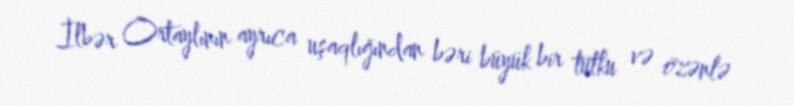
İlbər Ortaylının ayrıca uşaqlığından bəri büyük bir tutku və özənlə